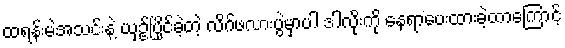
ထရန်းမဲအသင်းနဲ့ ယှဥ်ပြိုင်ခဲ့တဲ့ လိဂ်ဖလားပွဲမှာပါ ဒါလိုးကို နေရာပေးထားခဲ့တာကြောင့်